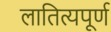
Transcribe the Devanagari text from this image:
लातित्यपूर्ण